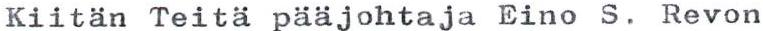
Kiitän Teitä pääjohtaja Eino S. Revon